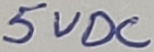
Text: 5VDC